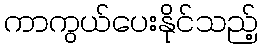
ကာကွယ်ပေးနိုင်သည့်